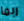
ربما